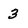
Character: 3